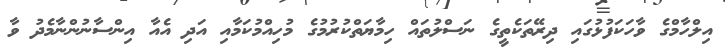
އިލްހާމްގެ ވާހަކަފުޅުގައި ދިރޭތަކެތީގެ ނަސްލުތައް ހިމާޔަތްކުރުމުގެ މުހިއްމުކަމާއި އަދި އެއާ އިންސާނުންނާމެދު ވާ